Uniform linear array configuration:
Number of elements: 16
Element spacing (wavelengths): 0.5
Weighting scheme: blackman
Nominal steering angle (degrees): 15
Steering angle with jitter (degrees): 14.929
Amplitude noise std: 0.05
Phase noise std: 0.05

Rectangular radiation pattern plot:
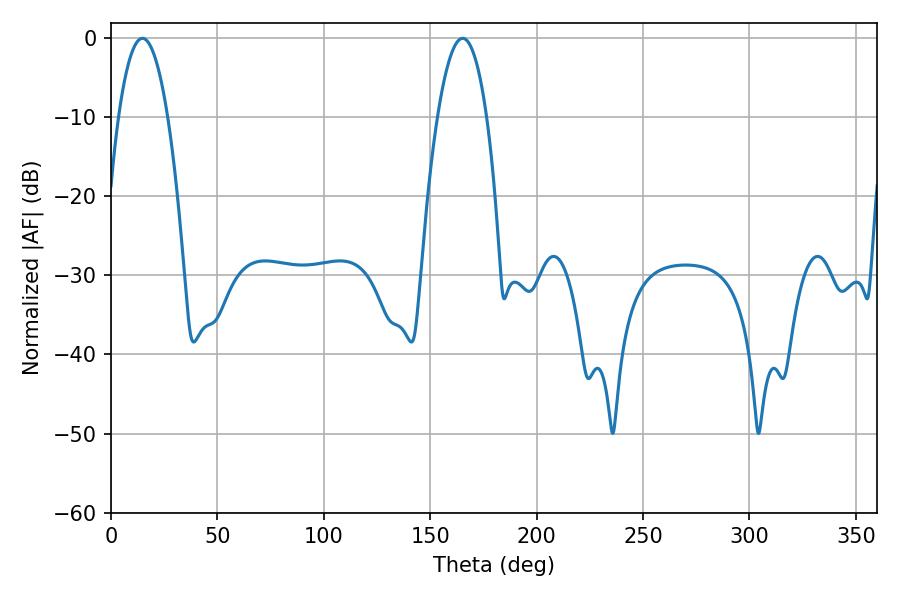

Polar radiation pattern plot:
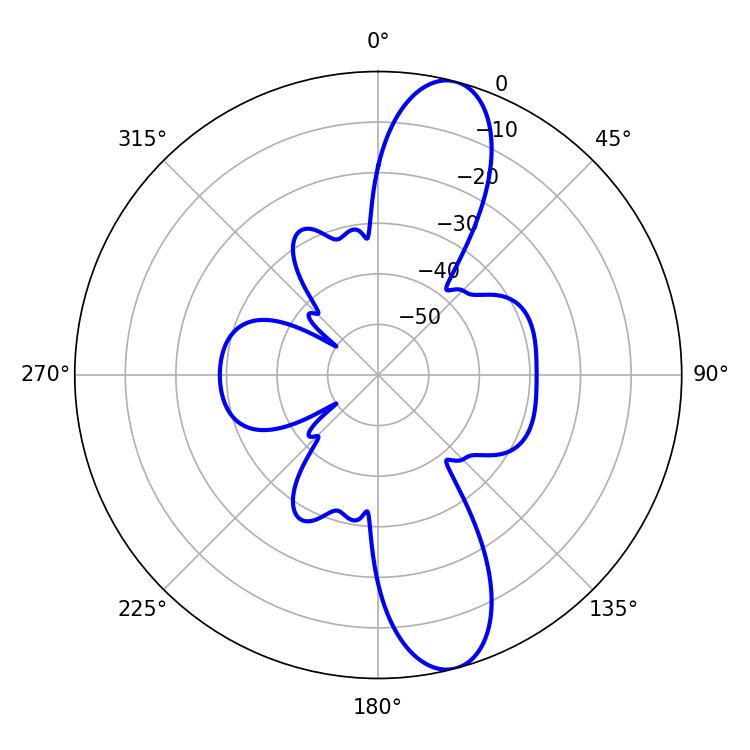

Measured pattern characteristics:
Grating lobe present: FALSE
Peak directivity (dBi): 12.12
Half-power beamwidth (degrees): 12.78
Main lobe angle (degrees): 165.24